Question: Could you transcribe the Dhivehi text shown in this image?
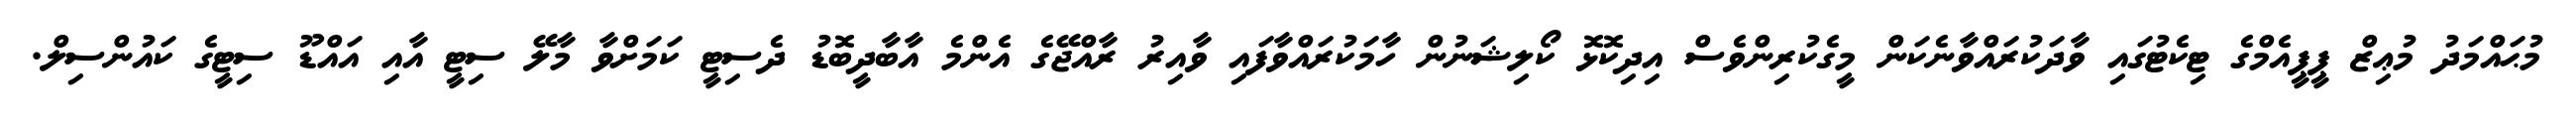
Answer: މުޙައްމަދު މުޢިޒް ޕީޕީއެމްގެ ޓިކެޓުގައި ވާދަކުރައްވާނެކަން މީގެކުރިންވެސް އިދިކޮޅޮ ކޯލިޝަނުން ހާމަކުރައްވާފައި ވާއިރު ރާއްޖޭގެ އެންމެ އާބާދީބޮޑު ދެސިޓީ ކަމަށްވާ މާލޭ ސިޓީ އާއި އައްޑޫ ސިޓީގެ ކައުންސިލް.